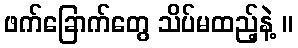
ဖက်ခြောက်တွေ သိပ်မထည့်နဲ့ ။